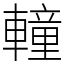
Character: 䡴